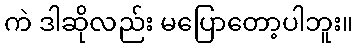
ကဲ ဒါဆိုလည်း မပြောတော့ပါဘူး။